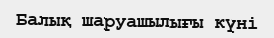
Балық шаруашылығы күні